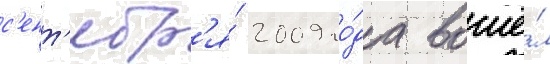
с'ент'ябр'я́ 2009 го́да вошё́л